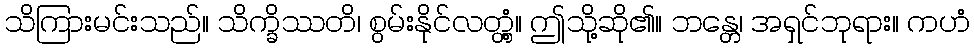
သိကြားမင်းသည်။ သိက္ခိဿတိ၊ စွမ်းနိုင်လတ္တံ့။ ဤသို့ဆို၏။ ဘန္တေ၊ အရှင်ဘုရား။ ကဟံ